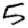
Digit: 5